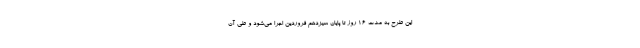
این طرح به مدت ۱۶ روز تا پایان سیزدهم فروردین اجرا می‌شود و طی آن